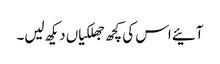
آئیے اس کی کچھ جھلکیاں دیکھ لیں۔